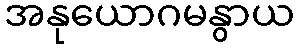
အနုယောဂမနွာယ